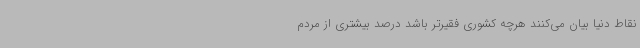
نقاط دنیا بیان می‌کنند هرچه کشوری فقیرتر باشد درصد بیشتری از مردم